Piroplasma canis and its life cycle in the tick - Number 29
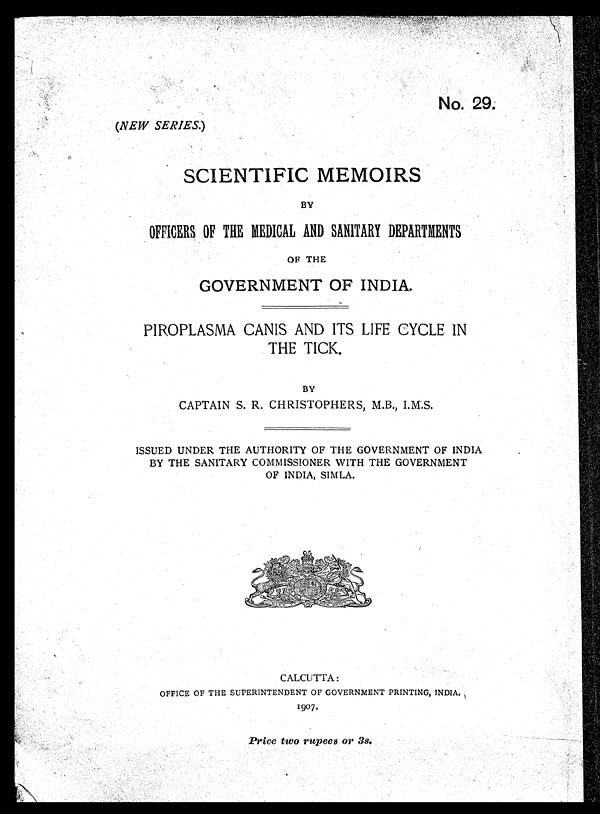
No. 29.
(NEW SERIES.)
SCIENTIFIC MEMOIRS
BY
OFFICERS OF THE MEDICAL AND SANITARY DEPARTMENTS
OF THE
GOVERNMENT OF INDIA.
PIROPLASMA CANIS AND ITS LIFE CYCLE IN
THE TICK.
BY
CAPTAIN S. R. CHRISTOPHERS, M.B., I.M.S.
ISSUED UNDER THE AUTHORITY OF THE GOVERNMENT OF INDIA
BY THE SANITARY COMMISSIONER WITH THE GOVERNMENT
OF INDIA, SIMLA.
CALCUTTA:
OFFICE OF THE SUPERINTENDENT OF GOVERNMENT PRINTING, INDIA.
1907.
Price two rupees or 3s.